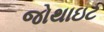
જોથાઇટ